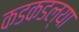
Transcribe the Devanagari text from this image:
कडकडल्या